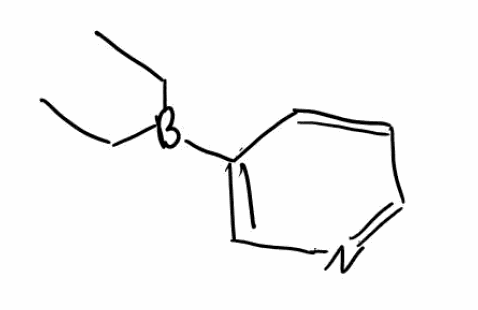
Simplified molecular-input line-entry system (SMILES) notation of the given molecule:
B(CC)(CC)C1=CN=CC=C1